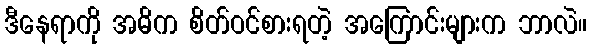
ဒီနေရာကို အဓိက စိတ်ဝင်စားရတဲ့ အကြောင်းများက ဘာလဲ။